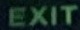
EXIT